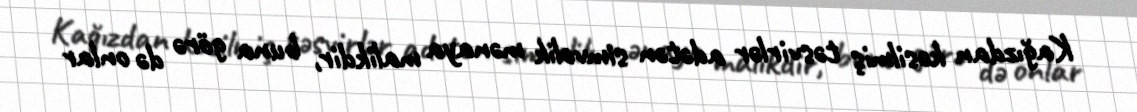
Kağızdan kəsilmiş təsvirlər adətən simvolik mənaya malikdir, buna görə də onlar